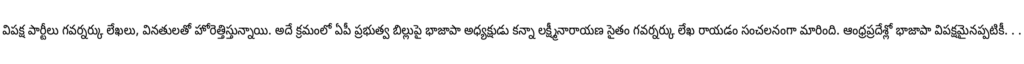
విపక్ష పార్టీలు గవర్నర్కు లేఖలు, వినతులతో హోరెత్తిస్తున్నాయి. అదే క్రమంలో ఏపీ ప్రభుత్వ బిల్లుపై భాజాపా అధ్యక్షుడు కన్నా లక్ష్మీనారాయణ సైతం గవర్నర్కు లేఖ రాయడం సంచలనంగా మారింది. ఆంధ్రప్రదేశ్లో భాజాపా విపక్షమైనప్పటికీ. . .